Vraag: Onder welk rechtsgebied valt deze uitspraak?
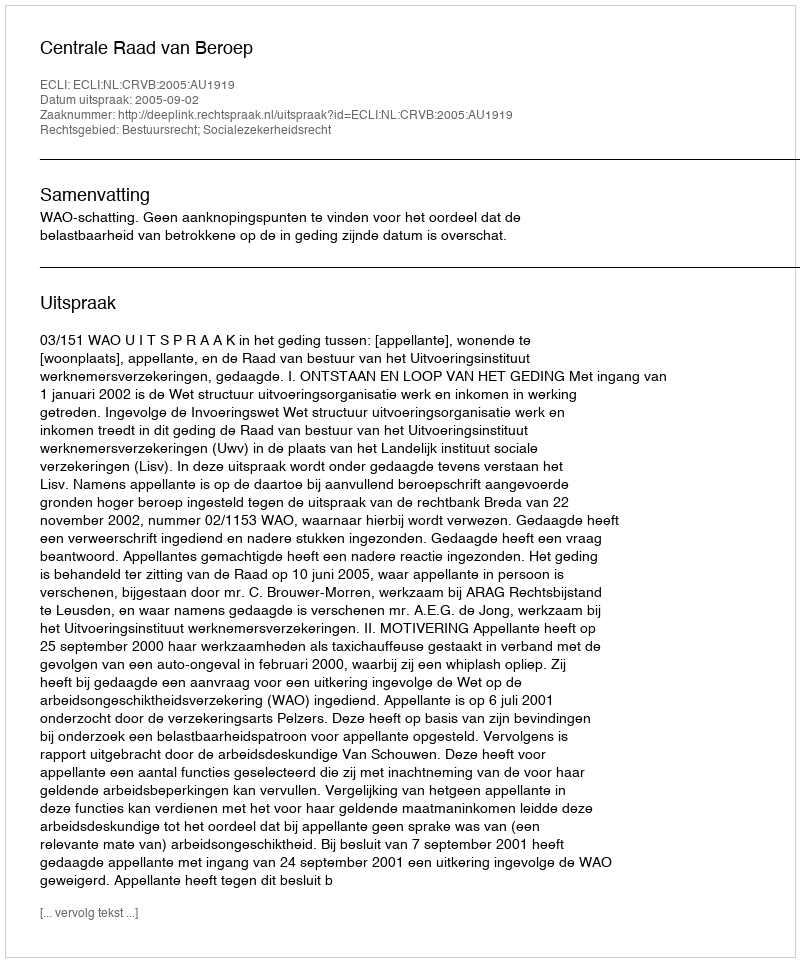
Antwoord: Bestuursrecht; Socialezekerheidsrecht